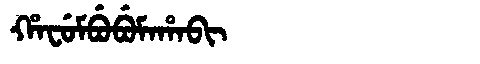
Manchu: ᡥᠠᠸᡠᠮᠪᡠᠪᡠᠮᠠᡥᠠᠪᡳ
Romanization: HAFUMBUBUMAHABI